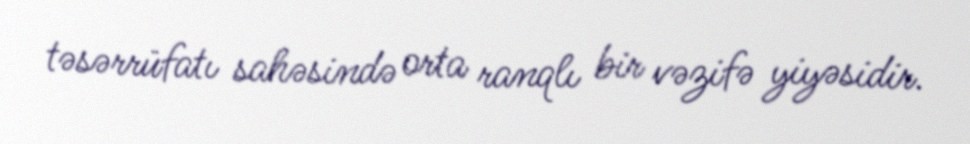
təsərrüfatı sahəsində orta ranqlı bir vəzifə yiyəsidir.